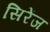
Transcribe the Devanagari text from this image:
सिरेंज